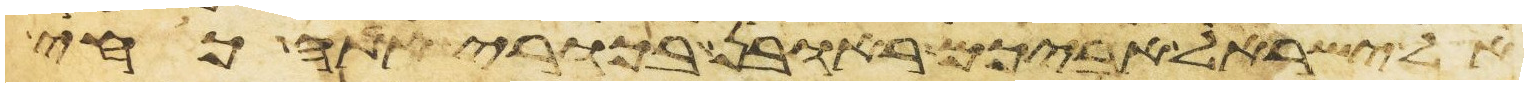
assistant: אל ישראל אביכם ראובן בכורי אתה כחי